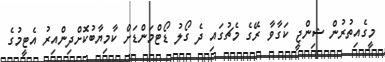
މީގެއިތުރުން ޝިންޖީ ކަގާވާ ރޭގެ މެޗުގައި ދެ ގޯލު ޑޯޓްމަންޑަށް ކާމިޔާބުކޮށްދިންއިރު އެޓީމުގެ